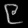
Digit: ၉